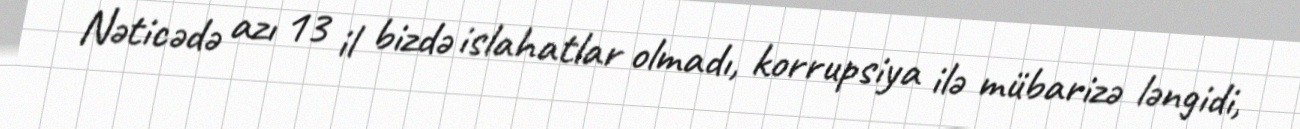
Nəticədə azı 13 il bizdə islahatlar olmadı, korrupsiya ilə mübarizə ləngidi,